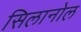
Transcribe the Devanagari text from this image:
सिलानोल